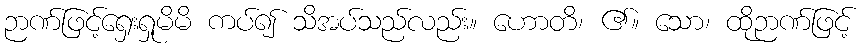
ဉာဏ်ဖြင့်ရှေးရှုမိမိ ကပ်၍ သိအပ်သည်လည်း။ ဟောတိ၊ ၏။ သော၊ ထိုဉာဏ်ဖြင့်